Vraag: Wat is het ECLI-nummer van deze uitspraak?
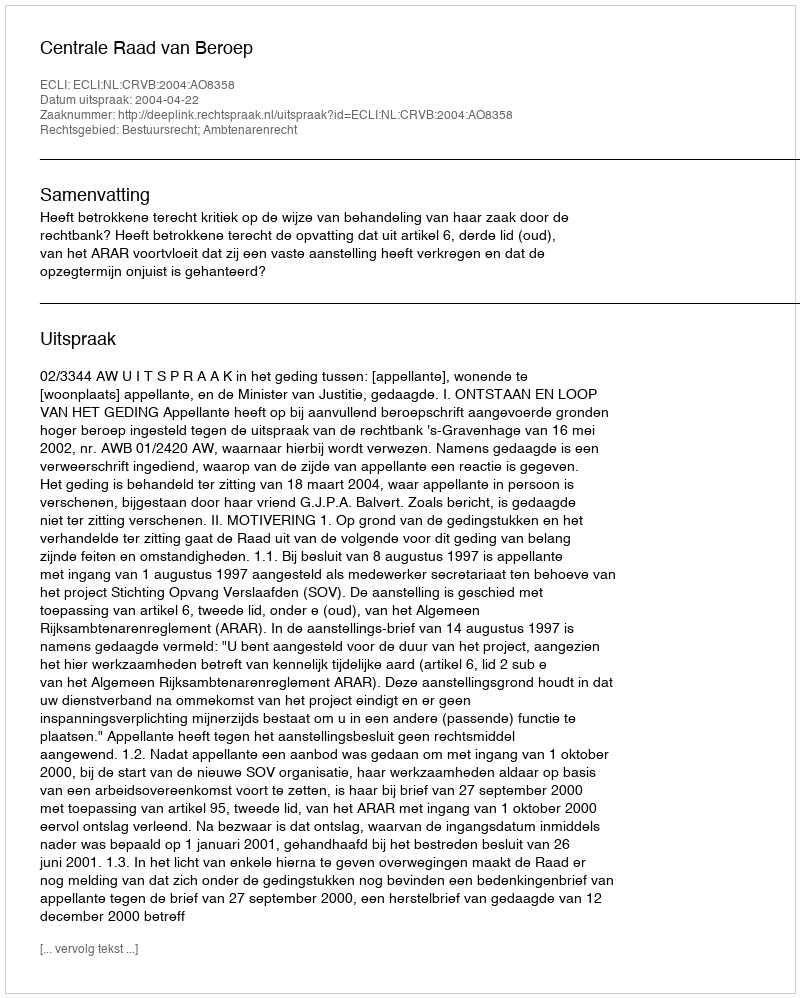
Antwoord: ECLI:NL:CRVB:2004:AO8358